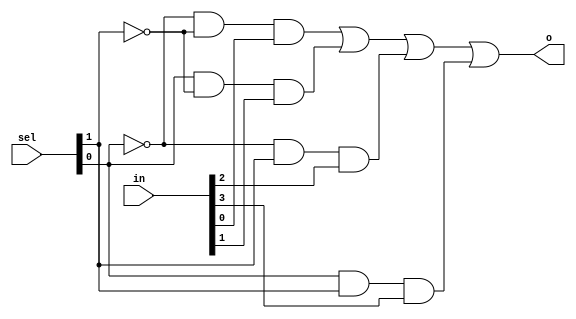
 `timescale 1ns / 1ps
//////////////////////////////////////////////////////////////////////////////////
// Company: 
// Engineer: 
// 
// Design Name: 
// Module Name: m4_1
// Project Name: 
// Target Devices: 
// Tool Versions: 
// Description: 
// 
// Dependencies: 
// 
// Revision:
// Revision 0.01 - File Created
// Additional Comments:
// 
//////////////////////////////////////////////////////////////////////////////////


module m4_1(
    input [1:0] sel,
    input [3:0] in,
    output o
    );
    assign o = (~sel[0] & ~sel[1] & in[0]) | (sel[0] & ~sel[1] & in[1]) | (~sel[0] & sel[1] & in[2]) | (sel[0] & sel[1] & in[3]);
endmodule